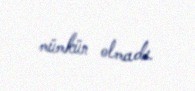
mümkün olmadı.